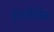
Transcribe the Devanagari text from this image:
पुरार्तात्विक